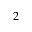
2